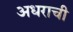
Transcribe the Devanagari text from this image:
अधराची